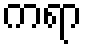
ကရာ